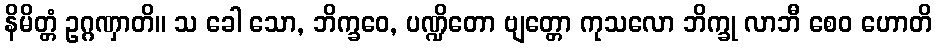
နိမိတ္တံ ဥဂ္ဂဏှာတိ။ သ ခေါ သော, ဘိက္ခဝေ, ပဏ္ဍိတော ဗျတ္တော ကုသလော ဘိက္ခု လာဘီ စေဝ ဟောတိ